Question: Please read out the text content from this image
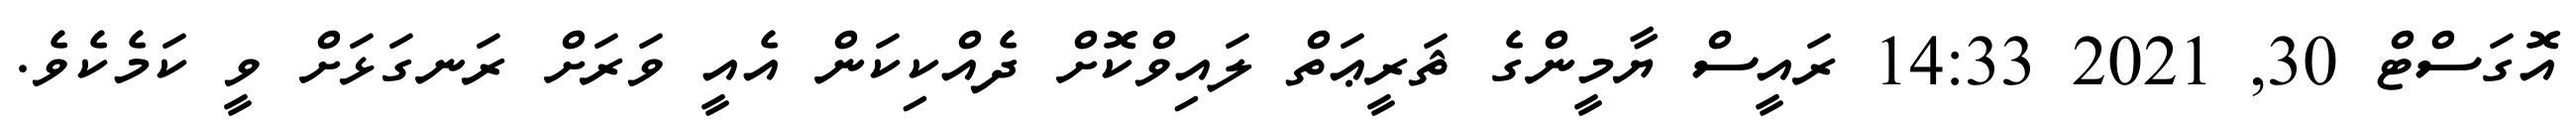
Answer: އޮގަސްޓް 30, 2021 14:33 ރައީސް ޔާމީންގެ ޘަރީޢަތް ލައިވްކޮށް ދެއްކިކަން އެއީ ވަރަށް ރަނގަޅަށް ވީ ކަމެކެވެ.